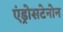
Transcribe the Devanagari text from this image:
एंड्रोसटेनोन